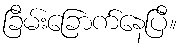
ခြိမ်းခြောက်နေပြီ။